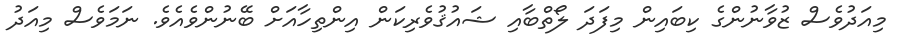
މިއަދުވެސް ޒުވާނުންގެ ކިބައިން މިފަދަ ލޯތްބާއި ޝައުޤުވެރިކަން އިންތިހާއަށް ބޭނުންވެއެވެ. ނަމަވެސް މިއަދު